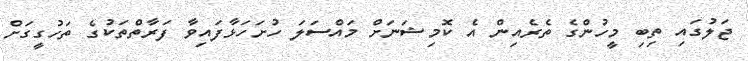
ޖަލުގައި ތިބި މީހުންގެ ތެރެއިން އެ ކޮމިޝަނަށް މައްސަލަ ހުށަހަޅާފައިވާ ފަރާތްތަކުގެ ތަހުގީގަށް